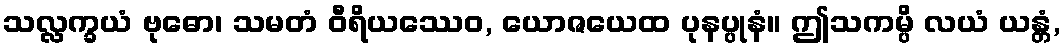
သလ္လက္ခယံ ဗုဓော၊ သမတံ ဝီရိယဿေဝ, ယောဇယေထ ပုနပ္ပုနံ။ ဤသကမ္ပိ လယံ ယန္တံ,